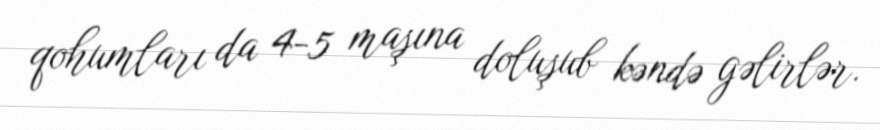
qohumları da 4-5 maşına doluşub kəndə gəlirlər.